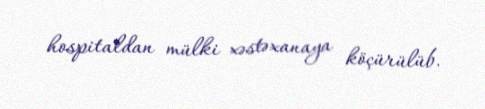
hospitaldan mülki xəstəxanaya köçürülüb.